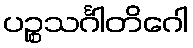
ပဉ္စသင်္ဂါတိဂေါ